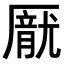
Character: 𪠙